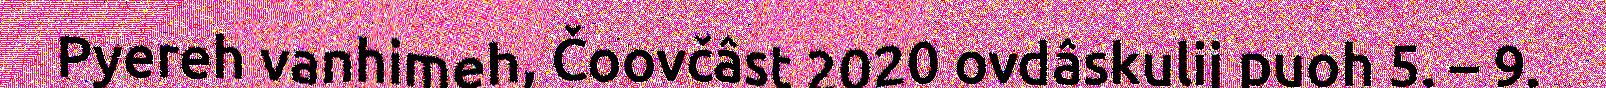
Pyereh vanhimeh, Čoovčâst 2020 ovdâskulij puoh 5. – 9.